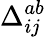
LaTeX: \Delta_{ij}^{ab}